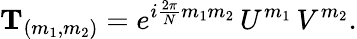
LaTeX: {\mathbf T}_{(m_{1},m_{2})}=e^{i{\frac{2\pi}{N}}m_{1}m_{2}}\, U^{m_{1}}\, V^{m_{2}}.